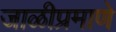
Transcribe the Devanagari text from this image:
जाळीप्रमाणे